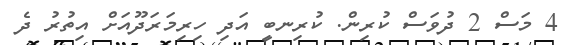
4 މަސް 2 ދުވަސް ކުރިން. ކުރިނބީ އަދި ހިރިމަރަދޫއަށް އިތުރު ދެ